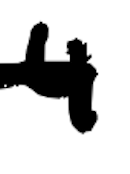
Text: 4
Cross-out: single-line
Writing tool: digital_black